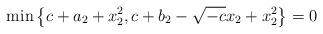
LaTeX: \begin{align*} {{\rm min}} \left\{c +a_{2}+x_{2}^{2}, c +b_{2}-\sqrt{-c} x_{2}+x_{2}^{2}\right\}=0 \end{align*}